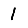
Digit: 1